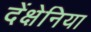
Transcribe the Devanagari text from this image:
देंक्षेनिया